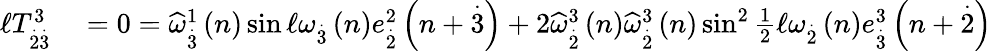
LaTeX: \begin{array}{rl}{\mathcal{\ell}T_{\overset{.}{2}\overset{.}{3}}^{3}}&{{}=0=\widehat{\omega}_{\overset{.}{3}}^{1}\left(n\right)\sin\mathcal{\ell}\omega_{\overset{.}{3}}\left(n\right)e_{\overset{.}{2}}^{2}\left(n+\overset{.}{3}\right)+2\widehat{\omega}_{\overset{.}{2}}^{3}\left(n\right)\widehat{\omega}_{\overset{.}{2}}^{3}\left(n\right)\sin^{2}\frac{1}{2}\mathcal{\ell}\omega_{\overset{.}{2}}\left(n\right)e_{\overset{.}{3}}^{3}\left(n+\overset{.}{2}\right)}\end{array}